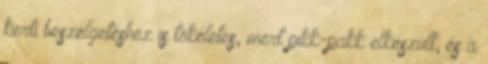
kerti beszélgetéshez is tökéletes, mert pikk-pakk elkészült, és a